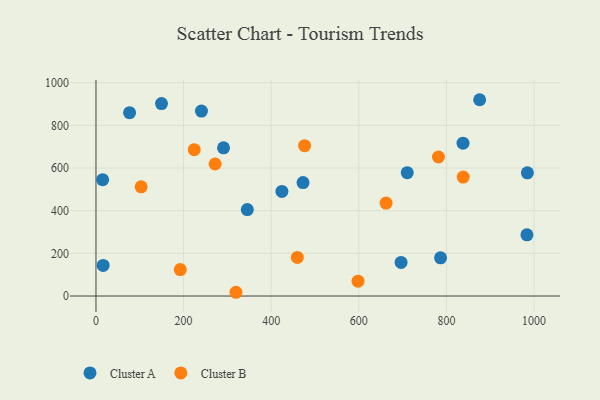
{"axis": {"x": "Investment", "y": "Yield"}, "legend": ["Cluster A", "Cluster B"], "data": [{"x": "15.2", "y": 545.4, "type": "Cluster A"}, {"x": "424.4", "y": 490.5, "type": "Cluster A"}, {"x": "983.7", "y": 286.9, "type": "Cluster A"}, {"x": "16.4", "y": 143.5, "type": "Cluster A"}, {"x": "472.6", "y": 531.8, "type": "Cluster A"}, {"x": "345.4", "y": 405.3, "type": "Cluster A"}, {"x": "76.7", "y": 859.6, "type": "Cluster A"}, {"x": "240.8", "y": 867.0, "type": "Cluster A"}, {"x": "786.6", "y": 179.3, "type": "Cluster A"}, {"x": "837.8", "y": 716.6, "type": "Cluster A"}, {"x": "291.2", "y": 694.6, "type": "Cluster A"}, {"x": "149.6", "y": 902.2, "type": "Cluster A"}, {"x": "875.8", "y": 920.1, "type": "Cluster A"}, {"x": "710.5", "y": 578.4, "type": "Cluster A"}, {"x": "696.4", "y": 157.6, "type": "Cluster A"}, {"x": "984.7", "y": 577.6, "type": "Cluster A"}, {"x": "103.1", "y": 511.9, "type": "Cluster B"}, {"x": "662.2", "y": 435.9, "type": "Cluster B"}, {"x": "598.2", "y": 69.4, "type": "Cluster B"}, {"x": "319.5", "y": 17.6, "type": "Cluster B"}, {"x": "476.2", "y": 704.9, "type": "Cluster B"}, {"x": "192.4", "y": 123.9, "type": "Cluster B"}, {"x": "224.3", "y": 686.2, "type": "Cluster B"}, {"x": "838.2", "y": 557.7, "type": "Cluster B"}, {"x": "781.7", "y": 651.7, "type": "Cluster B"}, {"x": "459.6", "y": 180.9, "type": "Cluster B"}, {"x": "271.9", "y": 618.9, "type": "Cluster B"}]}